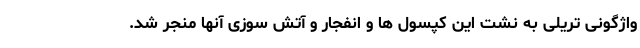
واژگونی تریلی به نشت این کپسول ها و انفجار و آتش سوزی آنها منجر شد.